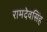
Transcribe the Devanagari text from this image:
रामदेवसिंह